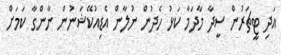
އަދި ޓީޗަރުން ސީދާ މާދަމާ ކަޅު ހެދުން ނުލާން އެޑިއުކޭޝަނުން ނާންގާ ކަމަށް